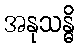
အနုသန္ဓိ